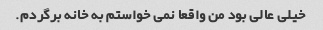
خیلی عالی بود من واقعا نمی خواستم به خانه برگردم.